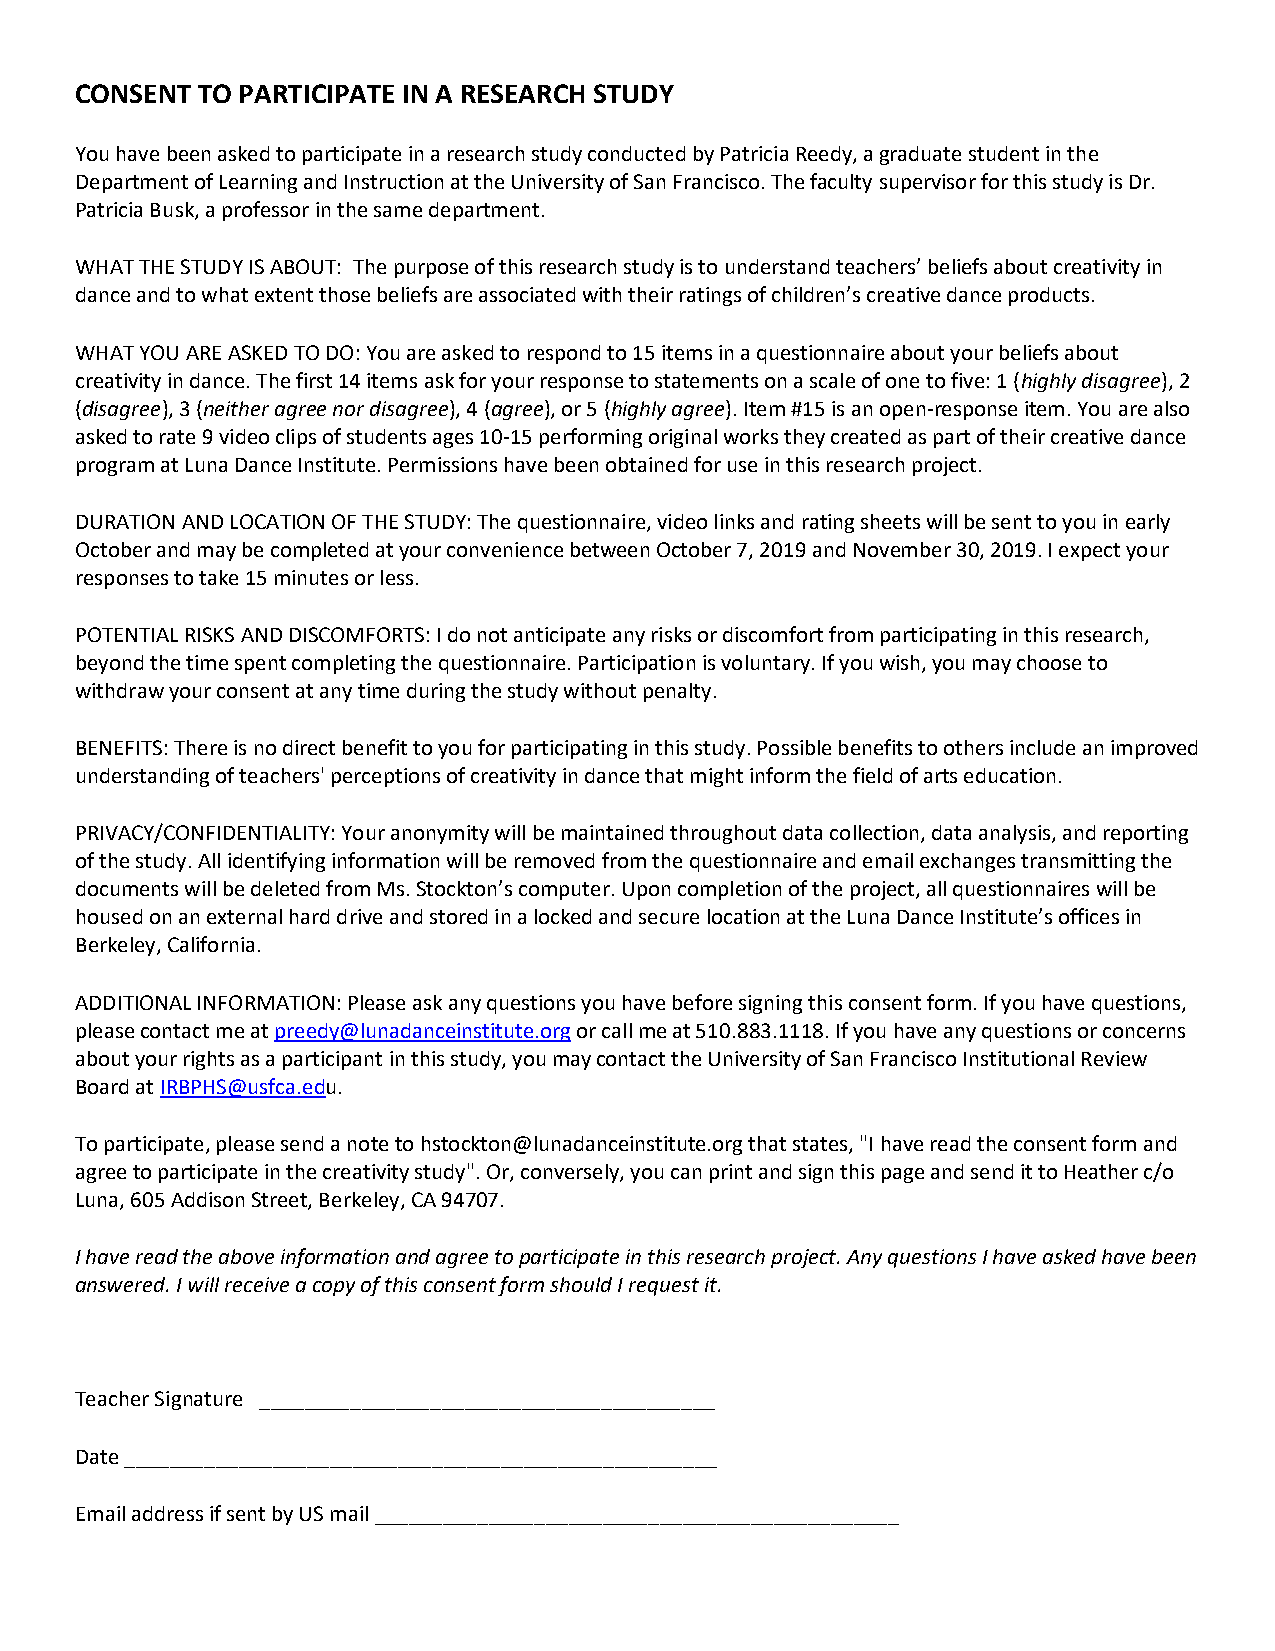
CONSENT TO PARTICIPATE IN A RESEARCH STUDY
 You have been asked to participate in a research study conducted by Patricia Reedy, a graduate student in the
 Department of Learning and Instruction at the University of San Francisco. The faculty supervisor for this study is Dr.
 Patricia Busk, a professor in the same department.
 WHAT THE STUDY IS ABOUT: The purpose of this research study is to understand teachers’ beliefs about creativity in
 dance and to what extent those beliefs are associated with their ratings of children’s creative dance products.
 WHAT YOU ARE ASKED TO DO: You are asked to respond to 15 items in a questionnaire about your beliefs about
 creativity in dance. The first 14 items ask for your response to statements on a scale of one to five: 1 (highly disagree), 2
 (disagree), 3 (neither agree nor disagree), 4 (agree), or 5 (highly agree). Item #15 is an open-response item. You are also
 asked to rate 9 video clips of students ages 10-15 performing original works they created as part of their creative dance
 program at Luna Dance Institute. Permissions have been obtained for use in this research project.
 DURATION AND LOCATION OF THE STUDY: The questionnaire, video links and rating sheets will be sent to you in early
 October and may be completed at your convenience between October 7, 2019 and November 30, 2019. I expect your
 responses to take 15 minutes or less.
 POTENTIAL RISKS AND DISCOMFORTS: I do not anticipate any risks or discomfort from participating in this research,
 beyond the time spent completing the questionnaire. Participation is voluntary. If you wish, you may choose to
 withdraw your consent at any time during the study without penalty.
 BENEFITS: There is no direct benefit to you for participating in this study. Possible benefits to others include an improved
 understanding of teachers' perceptions of creativity in dance that might inform the field of arts education.
 PRIVACY/CONFIDENTIALITY: Your anonymity will be maintained throughout data collection, data analysis, and reporting
 of the study. All identifying information will be removed from the questionnaire and email exchanges transmitting the
 documents will be deleted from Ms. Stockton’s computer. Upon completion of the project, all questionnaires will be
 housed on an external hard drive and stored in a locked and secure location at the Luna Dance Institute’s offices in
 Berkeley, California.
 ADDITIONAL INFORMATION: Please ask any questions you have before signing this consent form. If you have questions,
 please contact me at preedy@lunadanceinstitute.org or call me at 510.883.1118. If you have any questions or concerns
 about your rights as a participant in this study, you may contact the University of San Francisco Institutional Review
 Board at IRBPHS@usfca.edu.
 To participate, please send a note to hstockton@lunadanceinstitute.org that states, "I have read the consent form and
 agree to participate in the creativity study". Or, conversely, you can print and sign this page and send it to Heather c/o
 Luna, 605 Addison Street, Berkeley, CA 94707.
 I have read the above information and agree to participate in this research project. Any questions I have asked have been
 answered. I will receive a copy of this consent form should I request it.
 Teacher Signature ________________________________________
 Date ____________________________________________________
 Email address if sent by US mail ______________________________________________